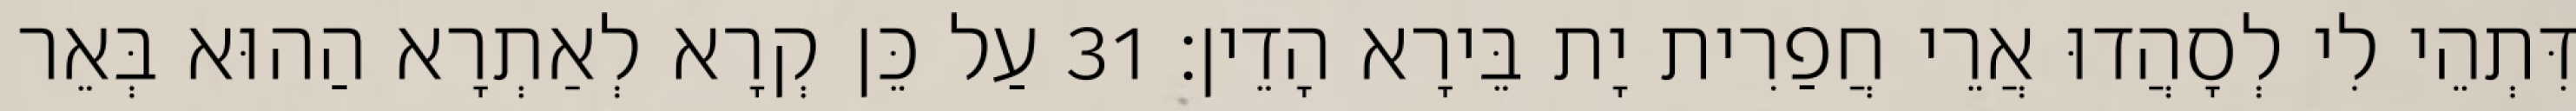
דִּתְהֵי לִי לְסָהֲדוּ אֲרֵי חֲפַרִית יָת בֵּירָא הָדֵין׃ 31 עַל כֵּן קְרָא לְאַתְרָא הַהוּא בְּאֵר